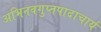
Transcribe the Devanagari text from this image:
अभिनवगुप्तपादाचार्य